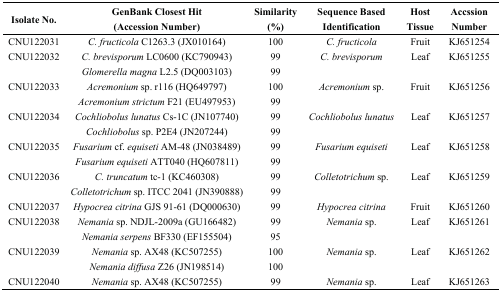
<table><thead><tr><td><b>Isolate No.</b></td><td><b>GenBank Closest Hit (Accession Number)</b></td><td><b>Similarity (%)</b></td><td><b>Sequence Based Identification</b></td><td><b>Host Tissue</b></td><td><b>Accssion Number</b></td></tr></thead><tbody><tr><td>CNU122031</td><td><i>C. fructicola</i> C1263.3 (JX010164)</td><td>100</td><td><i>C. fructicola</i></td><td>Fruit</td><td>KJ651254</td></tr><tr><td>CNU122032</td><td><i>C. brevisporum</i> LC0600 (KC790943)</td><td>99</td><td><i>C. brevisporum</i></td><td>Leaf</td><td>KJ651255</td></tr><tr><td></td><td><i>Glomerella magna</i> L2.5 (DQ003103)</td><td>99</td><td></td><td></td><td></td></tr><tr><td>CNU122033</td><td><i>Acremonium</i> sp. r116 (HQ649797)</td><td>100</td><td><i>Acremonium</i> sp.</td><td>Fruit</td><td>KJ651256</td></tr><tr><td></td><td><i>Acremonium strictum</i> F21 (EU497953)</td><td>99</td><td></td><td></td><td></td></tr><tr><td>CNU122034</td><td><i>Cochliobolus lunatus</i> Cs-1C (JN107740)</td><td>99</td><td><i>Cochliobolus lunatus</i></td><td>Leaf</td><td>KJ651257</td></tr><tr><td></td><td><i>Cochliobolus</i> sp. P2E4 (JN207244)</td><td>99</td><td></td><td></td><td></td></tr><tr><td>CNU122035</td><td><i>Fusarium</i> cf. <i>equiseti</i> AM-48 (JN038489)</td><td>99</td><td><i>Fusarium equiseti</i></td><td>Leaf</td><td>KJ651258</td></tr><tr><td></td><td><i>Fusarium equiseti</i> ATT040 (HQ607811)</td><td>99</td><td></td><td></td><td></td></tr><tr><td>CNU122036</td><td><i>C. truncatum</i> tc-1 (KC460308)</td><td>99</td><td><i>Colletotrichum</i> sp.</td><td>Leaf</td><td>KJ651259</td></tr><tr><td></td><td><i>Colletotrichum</i> sp. ITCC 2041 (JN390888)</td><td>99</td><td></td><td></td><td></td></tr><tr><td>CNU122037</td><td><i>Hypocrea citrina</i> GJS 91-61 (DQ000630)</td><td>99</td><td><i>Hypocrea citrina</i></td><td>Fruit</td><td>KJ651260</td></tr><tr><td>CNU122038</td><td><i>Nemania</i> sp. NDJL-2009a (GU166482)</td><td>99</td><td><i>Nemania</i> sp.</td><td>Leaf</td><td>KJ651261</td></tr><tr><td></td><td><i>Nemania serpens</i> BF330 (EF155504)</td><td>95</td><td></td><td></td><td></td></tr><tr><td>CNU122039</td><td><i>Nemania</i> sp. AX48 (KC507255)</td><td>100</td><td><i>Nemania</i> sp.</td><td>Leaf</td><td>KJ651262</td></tr><tr><td></td><td><i>Nemania diffusa</i> Z26 (JN198514)</td><td>100</td><td></td><td></td><td></td></tr><tr><td>CNU122040</td><td><i>Nemania</i> sp. AX48 (KC507255)</td><td>99</td><td><i>Nemania</i> sp.</td><td>Leaf</td><td>KJ651263</td></tr></tbody></table>